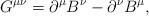
LaTeX: \begin{align*}G^{\mu \nu }=\partial ^{\mu }B^{\nu }-\partial ^{\nu }B^{\mu },\end{align*}